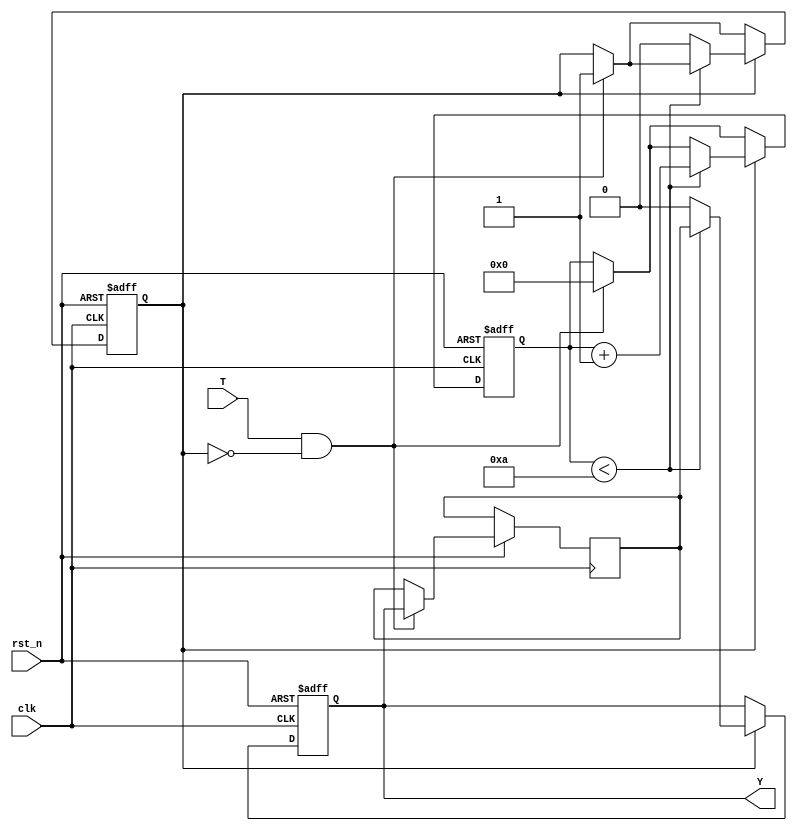
module hold_condition #(
    parameter H = 10 // Default hold time in clock cycles
)(
    input wire clk,       // Clock input
    input wire rst_n,     // Active low reset input
    input wire T,         // Trigger input
    output reg Y          // Hold output
);

    reg [31:0] hold_counter; // Counter for hold duration
    reg hold_active;         // Flag to indicate if hold is active
    reg initial_state;       // Variable to hold the initial state

    // State machine to manage hold condition
    always @(posedge clk or negedge rst_n) begin
        if (!rst_n) begin
            Y <= 1'b0;              // Reset output to default state
            hold_counter <= 0;      // Reset hold counter
            hold_active <= 1'b0;    // Deactivate hold
        end else begin
            if (T && !hold_active) begin
                initial_state <= Y;  // Capture current state on rising edge of T
                hold_active <= 1'b1;  // Activate hold condition
                hold_counter <= 0;     // Reset hold counter
            end
            
            if (hold_active) begin
                if (hold_counter < H) begin
                    hold_counter <= hold_counter + 1; // Increment hold counter
                    Y <= initial_state;               // Maintain the held state
                end else begin
                    hold_active <= 1'b0;              // Deactivate hold after duration
                    Y <= 1'b0;                         // Return to default state
                end
            end
        end
    end

endmodule